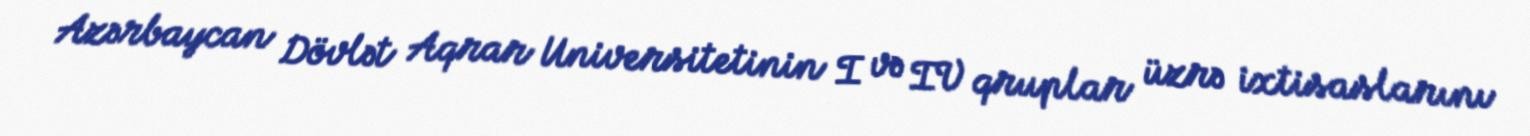
Azərbaycan Dövlət Aqrar Universitetinin I və IV qruplar üzrə ixtisaslarını